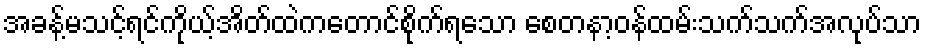
အခန့်မသင့်ရင်ကိုယ့်အိတ်ထဲကတောင်စိုက်ရသော စေတနာ့ဝန်ထမ်းသက်သက်အလုပ်သာ